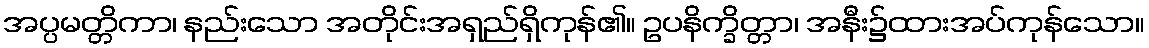
အပ္ပမတ္တိကာ၊ နည်းသော အတိုင်းအရှည်ရှိကုန်၏။ ဥပနိက္ခိတ္တာ၊ အနီး၌ထားအပ်ကုန်သော။